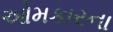
ઓમકારના